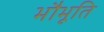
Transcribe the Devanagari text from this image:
भौभूति